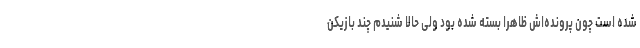
شده است چون پرونده‌اش ظاهراً بسته شده بود ولی حالا شنیدم چند بازیکن